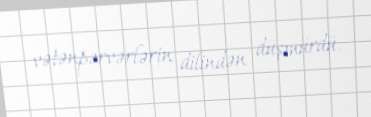
vətənpərvərlərin dilindən düşmürdü.